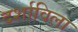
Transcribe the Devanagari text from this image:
दर्शाविला